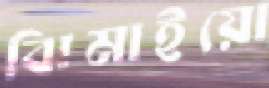
ঝিমাইয়ো